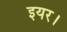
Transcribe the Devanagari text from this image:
इयर।